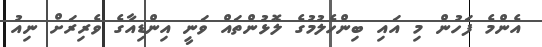
އެންމެ ފަހުން މި އައި ބިންހެލުމުގެ ލޮޅުންތައް ވަނީ އިންޑިއާގެ ވެރިރަށް ނިއު